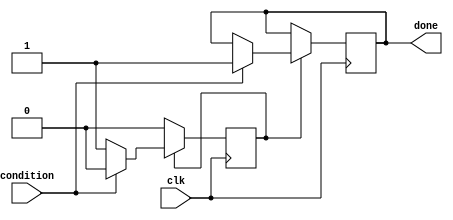
module conditional_wait_block(
    input wire condition,     // Condition signal to check
    input wire clk,          // Clock signal for synchronization
    output reg done          // Output signal indicating completion of wait
);

// State variable to track the waiting condition
reg waiting;

initial begin
    // Initial state
    waiting = 1'b1;  // Start in waiting state
    done = 1'b0;     // Done signal is initially low
end

always @(posedge clk) begin
    if (waiting) begin
        // Check the condition signal
        if (condition) begin
            // Condition met
            waiting <= 1'b0; // Exit waiting state
            done <= 1'b1;    // Indicate that the wait is complete
        end
        // If condition is not met, remain in waiting state
    end else begin
        // If not waiting, you can perform subsequent actions here
        // For example, reset done signal or trigger other processes
        // done can be reset or kept high based on further logic
    end
end

endmodule